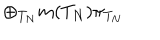
\oplus _ { T _ { N } } m ( T _ { N } ) \pi _ { T _ { N } } \, \, \, \,